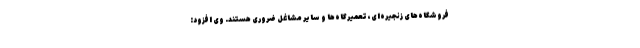
فروشگاه‌های زنجیره‌ای، تعمیرگاه‌ها و سایر مشاغل ضروری هستند. وی افزود: